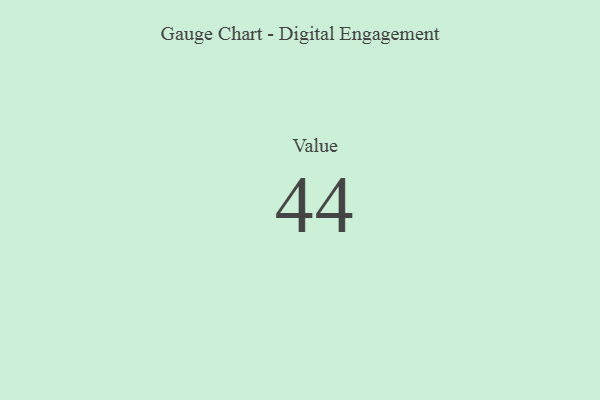
{"axis": {"x": "Metric", "y": "Value"}, "legend": [""], "data": [{"x": "Value", "y": 44, "type": ""}]}